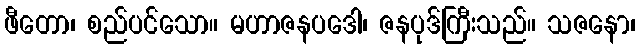
ဖီတော၊ စည်ပင်သော။ မဟာဇနပဒေါ၊ ဇနပုဒ်ကြီးသည်။ သဇနော၊